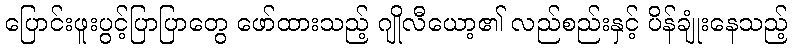
ပြောင်းဖူးပွင့်ပြာပြာတွေ ဖော်ထားသည့် ဂျိုလီယော့၏ လည်စည်းနှင့် ပိန်ချုံးနေသည့်